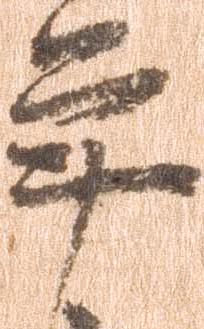
年